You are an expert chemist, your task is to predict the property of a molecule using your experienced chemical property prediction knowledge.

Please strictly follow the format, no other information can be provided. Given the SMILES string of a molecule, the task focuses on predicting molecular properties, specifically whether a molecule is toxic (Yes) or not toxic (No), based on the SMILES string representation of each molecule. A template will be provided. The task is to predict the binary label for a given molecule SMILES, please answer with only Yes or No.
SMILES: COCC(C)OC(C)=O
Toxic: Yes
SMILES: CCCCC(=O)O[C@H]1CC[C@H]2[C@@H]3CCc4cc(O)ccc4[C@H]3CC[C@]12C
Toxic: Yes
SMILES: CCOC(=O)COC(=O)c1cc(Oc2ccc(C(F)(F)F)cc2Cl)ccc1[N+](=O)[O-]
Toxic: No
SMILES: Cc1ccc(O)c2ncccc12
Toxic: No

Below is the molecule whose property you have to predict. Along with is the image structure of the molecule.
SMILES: CC(=O)O[C@H](CC(=O)[O-])C[N+](C)(C)C
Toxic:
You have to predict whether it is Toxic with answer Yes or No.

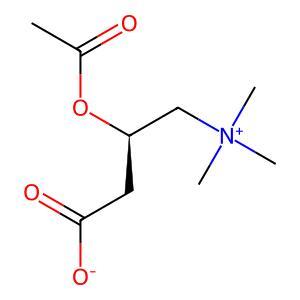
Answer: No